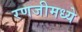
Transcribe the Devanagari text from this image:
रणजीमध्ये